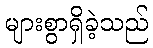
များစွာရှိခဲ့သည်